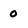
Character: 0